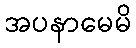
အပနာမေမိ